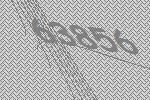
63856